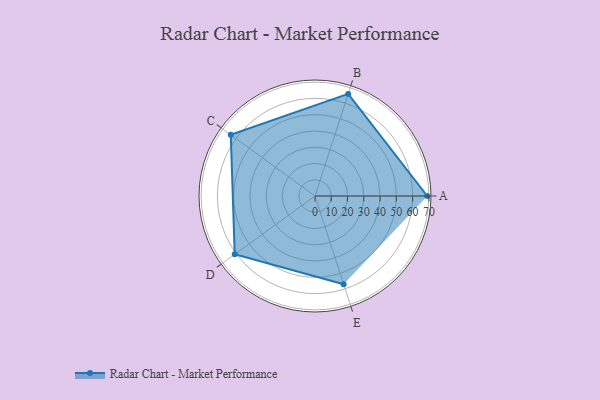
{"axis": {"x": "Skill", "y": "Score"}, "legend": ["Profile"], "data": [{"x": "A", "y": 69.0, "type": "Profile"}, {"x": "B", "y": 66.0, "type": "Profile"}, {"x": "C", "y": 64.0, "type": "Profile"}, {"x": "D", "y": 61.0, "type": "Profile"}, {"x": "E", "y": 57.0, "type": "Profile"}]}